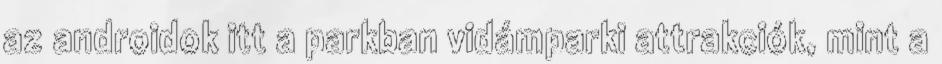
az androidok itt a parkban vidámparki attrakciók, mint a